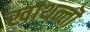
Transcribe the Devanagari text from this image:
खाथन्तॊ